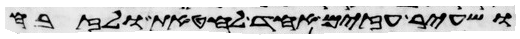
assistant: ושעיר עזים אחד לחטאת ולזבח